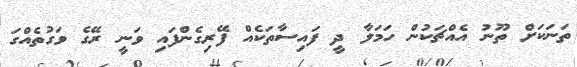
ތަނަކަށް ތޫނު އެއްޗަކުން ހަމަލާ ދީ ފައިސާތަކެއް ފޭރިގެންފައި ވަނީ ރޭގެ ވަގުތެއްގަ